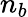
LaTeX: n_{b}